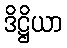
ဒိဋ္ဌိယာ